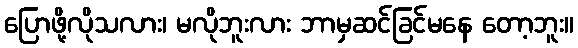
ပြောဖို့လိုသလား၊ မလိုဘူးလား ဘာမှဆင်ခြင်မနေ တော့ဘူး။